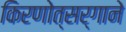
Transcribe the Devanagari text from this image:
किरणोत्सर्गाने